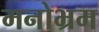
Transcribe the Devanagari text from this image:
मनोभ्रम